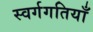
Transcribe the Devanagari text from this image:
स्वर्गगतियाँ